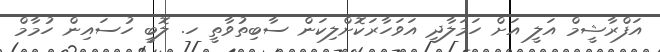
އަފްރާޝީމް އަލީ އަށް ހަމަލާދީ އަވަހާރަކޮށްލިކަން ސާބިތުވާތީ ހ. ލޮބީ ހުސައިން ހުމާމް